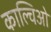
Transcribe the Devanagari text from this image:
काल्चिओ